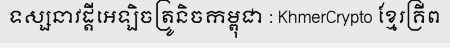
ទស្សនាវដ្តីអេឡិចត្រូនិចកម្ពុជា : KhmerCrypto ខ្មែរគ្រីព